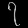
Digit: ၇